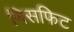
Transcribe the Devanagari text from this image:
मिसफिट